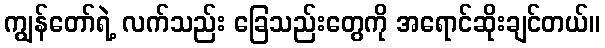
ကျွန်တော်ရဲ့ လက်သည်း ခြေသည်းတွေကို အရောင်ဆိုးချင်တယ်။